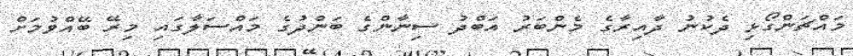
މައްޗަންގޯޅި ދެކުނު ދާއިރާގެ މެންބަރު އަބްދު ސިނާންގެ ބަންދުގެ މައްސަލާގައި މިރޭ ބޭއްވުމަށް